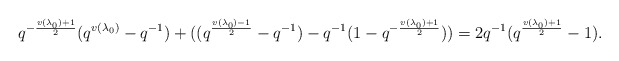
\begin{align*} q^{-\frac{v(\lambda_0)+1}{2}}(q^{v(\lambda_0)}-q^{-1}) + ((q^{\frac{v(\lambda_0)-1}{2}}-q^{-1}) - q^{-1}(1-q^{-\frac{v(\lambda_0)+1}{2}})) = 2q^{-1}(q^{\frac{v(\lambda_0)+1}{2}}-1).\end{align*}